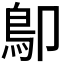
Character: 𩾓